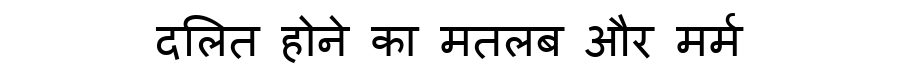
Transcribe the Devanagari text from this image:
दलित होने का मतलब और मर्म